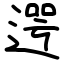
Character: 遌